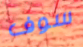
سوف